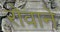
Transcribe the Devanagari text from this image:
रोवाने